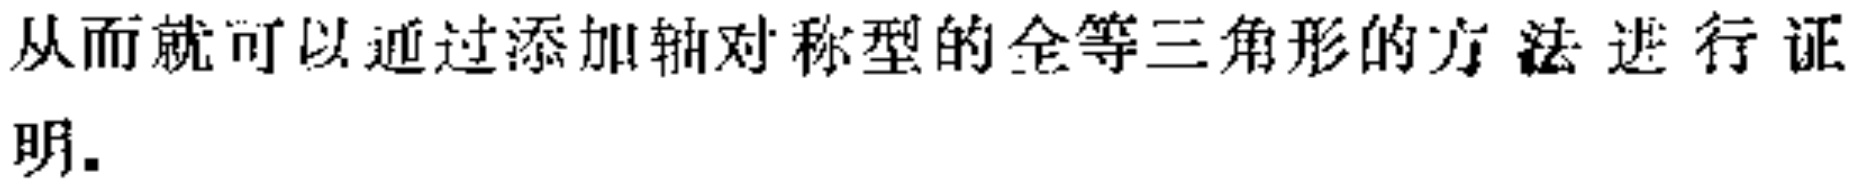
从而就可以通过添加轴对称型的全等三角形的方法进行证明.